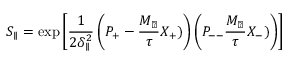
S _ { \parallel } = \exp \left[ \frac 1 { 2 \delta _ { \parallel } ^ { 2 } } \left( P _ { + } - \frac { M _ { \perp } } { \tau } X _ { + } ) \right) \left( P _ { -- } \frac { M _ { \perp } } { \tau } X _ { - } ) \right) \right]